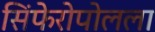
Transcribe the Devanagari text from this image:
सिंफेरोपोलला